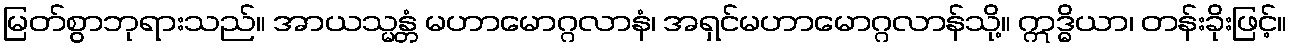
မြတ်စွာဘုရားသည်။ အာယသ္မန္တံ မဟာမောဂ္ဂလာနံ၊ အရှင်မဟာမောဂ္ဂလာန်သို့။ ဣဒ္ဓိယာ၊ တန်းခိုးဖြင့်။